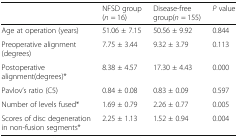
<table><thead><tr><td></td><td><b>NFSD group(<i>n</i> = 16)</b></td><td><b>Disease-free group(<i>n</i> = 155)</b></td><td><b><i>P</i> value</b></td></tr></thead><tbody><tr><td>Age at operation (years)</td><td>51.06 ± 7.15</td><td>50.56 ± 9.92</td><td>0.844</td></tr><tr><td>Preoperative alignment (degrees)</td><td>7.75 ± 3.44</td><td>9.32 ± 3.79</td><td>0.113</td></tr><tr><td>Postoperative alignment(degrees)*</td><td>8.38 ± 4.57</td><td>17.30 ± 4.43</td><td>0.000</td></tr><tr><td>Pavlov’s ratio (C5)</td><td>0.84 ± 0.08</td><td>0.83 ± 0.09</td><td>0.597</td></tr><tr><td>Number of levels fused*</td><td>1.69 ± 0.79</td><td>2.26 ± 0.77</td><td>0.005</td></tr><tr><td>Scores of disc degeneration in non-fusion segments*</td><td>2.25 ± 1.13</td><td>1.52 ± 0.94</td><td>0.004</td></tr></tbody></table>